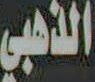
الذهبي